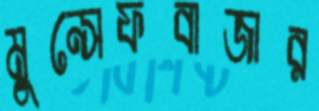
মুন্সেফবাজার